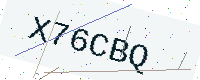
Text: X76CBQ